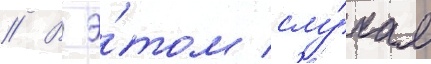
// В э́том слу́чае